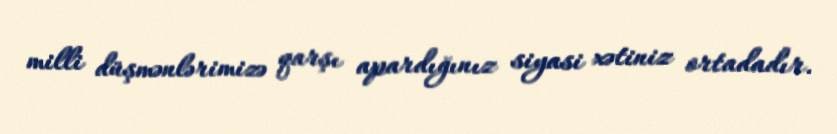
milli düşmənlərimizə qarşı apardığınız siyasi xətiniz ortadadır.